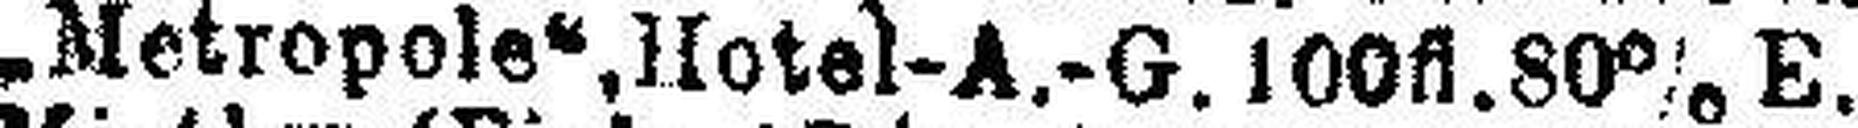
„Metropole“,Hotel-A.-G. 100fl.80% E.